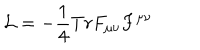
{ \cal L } = - { \frac { 1 } { 4 } } T r F _ { \mu \nu } F ^ { \mu \nu }